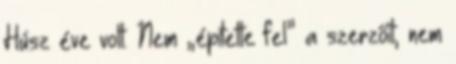
Húsz éve volt. Nem „építette fel” a szerzőit, nem